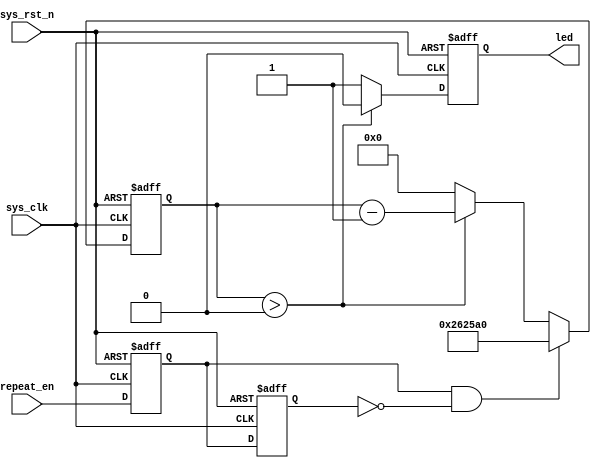
module  led_ctrl
(
    input   wire            sys_clk     ,
    input   wire            sys_rst_n   ,
    input   wire            repeat_en   ,

    output  reg             led
);

parameter   CNT_MAX = 22'd2500_000;

reg             repeat_en_d1    ;
reg             repeat_en_d2    ;
wire            repeat_en_rise  ;
reg     [21:0]  cnt             ;

always@(posedge sys_clk or negedge sys_rst_n)
    if(sys_rst_n == 1'b0)
        begin
            repeat_en_d1    <=  1'b0;
            repeat_en_d2    <=  1'b0;
        end
    else
        begin
            repeat_en_d1    <=  repeat_en;
            repeat_en_d2    <=  repeat_en_d1;
        end

assign  repeat_en_rise = (repeat_en_d1 == 1'b1) && (repeat_en_d2 == 1'b0);

always@(posedge sys_clk or negedge sys_rst_n)
    if(sys_rst_n == 1'b0)
        cnt <=  22'd0;
    else    if(repeat_en_rise == 1'b1)
        cnt <=  CNT_MAX;
    else    if(cnt > 1'b0)
        cnt <=  cnt - 1'b1;
    else
        cnt <=  22'd0;

always@(posedge sys_clk or negedge sys_rst_n)
    if(sys_rst_n == 1'b0)
        led <=  1'b1;
    else    if(cnt > 0)
        led <=  1'b0;
    else
        led <=  1'b1;

endmodule